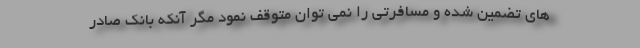
های تضمین شده و مسافرتی را نمی توان متوقف نمود مگر آنکه بانک صادر